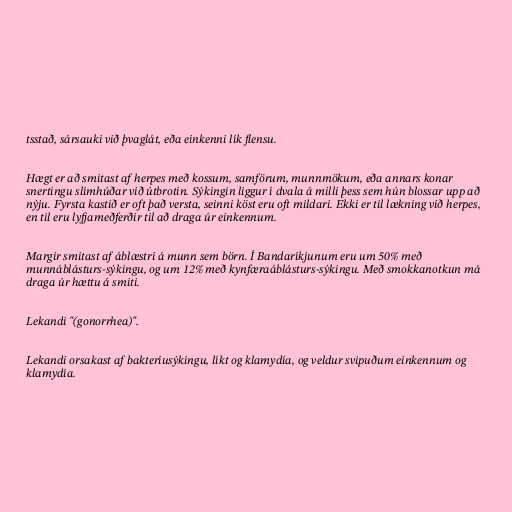
tsstað, sársauki við þvaglát, eða einkenni lík flensu.

Hægt er að smitast af herpes með kossum, samförum, munnmökum, eða annars konar
snertingu slímhúðar við útbrotin. Sýkingin liggur í dvala á milli þess sem hún blossar upp að
nýju. Fyrsta kastið er oft það versta, seinni köst eru oft mildari. Ekki er til lækning við herpes,
en til eru lyfjameðferðir til að draga úr einkennum.

Margir smitast af áblæstri á munn sem börn. Í Bandaríkjunum eru um 50% með
munnáblásturs-sýkingu, og um 12% með kynfæraáblásturs-sýkingu. Með smokkanotkun má
draga úr hættu á smiti.

Lekandi "(gonorrhea)".

Lekandi orsakast af bakteríusýkingu, líkt og klamydía, og veldur svipuðum einkennum og
klamydía.